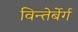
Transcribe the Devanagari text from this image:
विन्तेर्बेर्ग